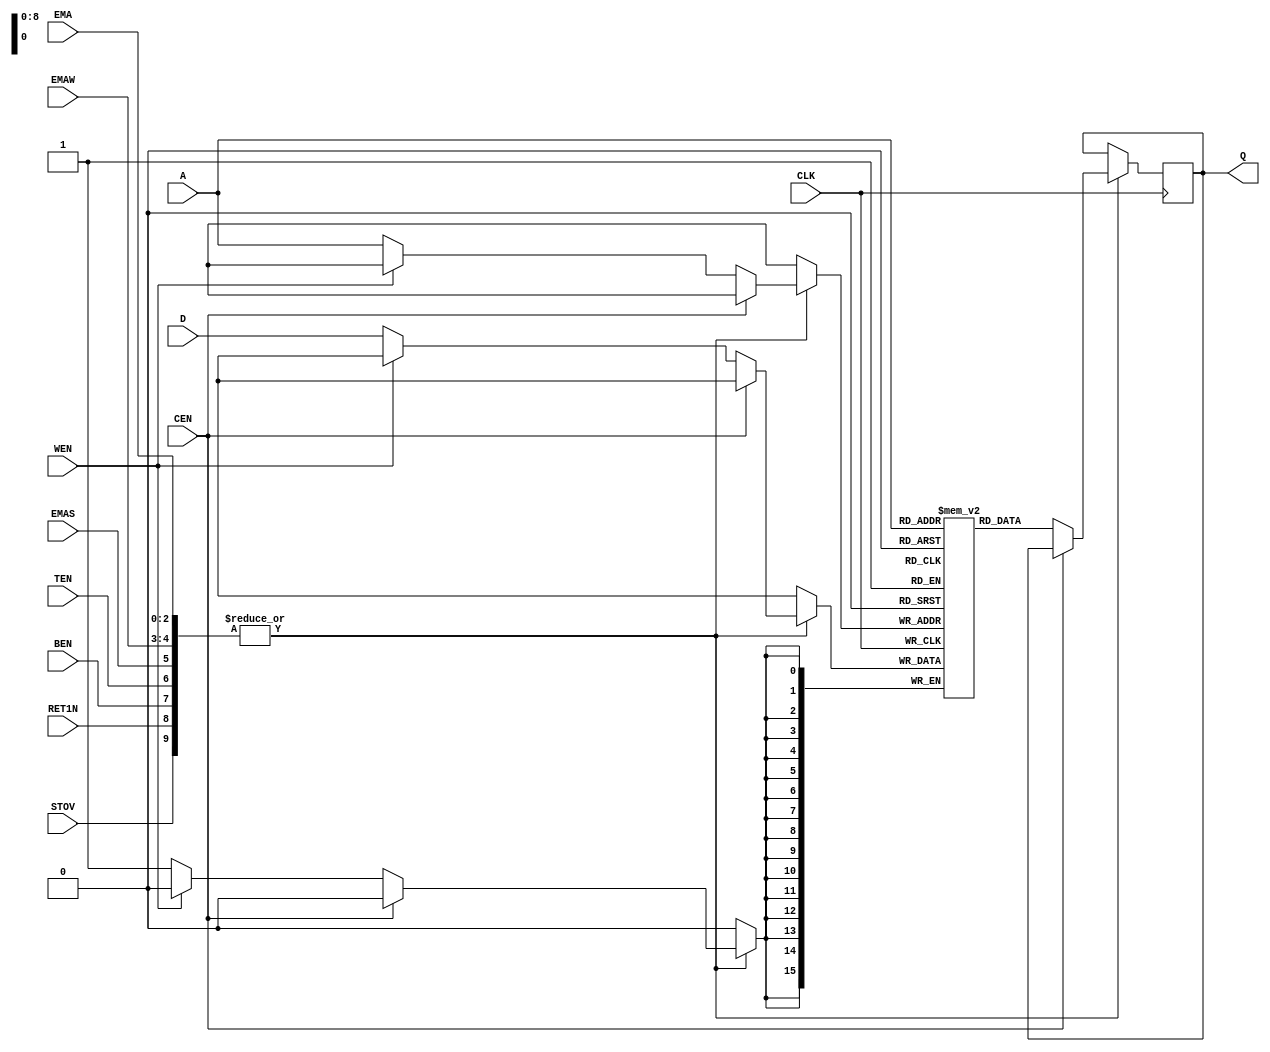
module sram_512w_16b (Q, CLK, CEN, WEN, A, D, EMA, EMAW, EMAS, TEN, BEN, RET1N, STOV);
   output [15:0] Q;
   input        CLK;
   input        CEN;
   input        WEN;
   input [8:0]  A;
   input [15:0] D;
   
   input [2:0]  EMA;
   input [1:0]  EMAW;
   input        EMAS;
   input        TEN;
   input        BEN;
   input        RET1N;
   input        STOV;
   
   reg [15:0]   data_array [0:511];

   always @(posedge CLK) begin

      // Use all the unused wires (note at least one of them must be nonzero!)
      if (| {EMA, EMAW, EMAS, TEN, BEN, RET1N, STOV}) begin
         if (CEN == 1'b0) begin                  // ACTIVE LOW!!
            Q = data_array[A];
            if (WEN == 1'b0) data_array[A] = D;  // ACTIVE LOW!!
         end
      end
   end
endmodule